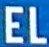
EL